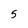
Character: 5